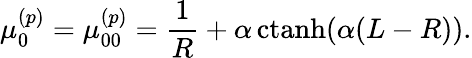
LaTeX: \mu_{0}^{(p)}=\mu_{00}^{(p)}=\frac{1}{R}+\alpha\, \mathrm{ctanh}(\alpha(L-R)).